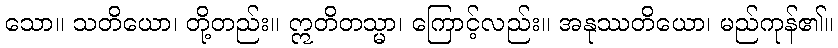
သော။ သတိယော၊ တို့တည်း။ ဣတိတသ္မာ၊ ကြောင့်လည်း။ အနုဿတိယော၊ မည်ကုန်၏။